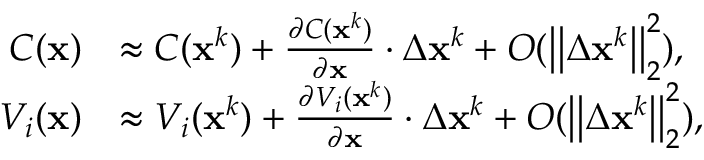
\begin{array} { r l } { C ( \mathbf { x } ) } & { \approx C ( \mathbf { x } ^ { k } ) + \frac { \partial C ( \mathbf { x } ^ { k } ) } { \partial \mathbf { x } } \cdot \Delta \mathbf { x } ^ { k } + O ( \big | \big | \Delta \mathbf { x } ^ { k } \big | \big | _ { 2 } ^ { 2 } ) \mathrm { , } } \\ { V _ { i } ( \mathbf { x } ) } & { \approx V _ { i } ( \mathbf { x } ^ { k } ) + \frac { \partial V _ { i } ( \mathbf { x } ^ { k } ) } { \partial \mathbf { x } } \cdot \Delta \mathbf { x } ^ { k } + O ( \big | \big | \Delta \mathbf { x } ^ { k } \big | \big | _ { 2 } ^ { 2 } ) \mathrm { , } } \end{array}